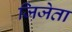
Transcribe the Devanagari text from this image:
जिजेता